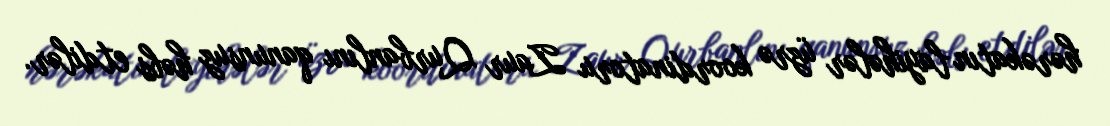
hərəkatın layihələr üzrə koordinatoru Zaur Qurbanlını qanunsuz həbs etdilər.